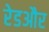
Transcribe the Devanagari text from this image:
रेडऔर